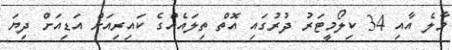
މާލެ އާއި 34 ކިލޯމީޓަރު ދުރުގައި އޮތް ތިލައެއްގެ ކައިރިއަށް އަޑިއަށް ދިޔަ